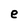
Character: e